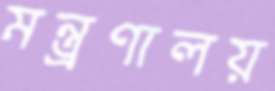
মন্ত্র্রণালয়